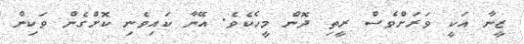
ޒީނާ އަކީ ވަރަށްވެސް ރީތި ދޮން މީހެކެވެ. އޭނާ ކައިވެނި ކޮށްގެން ވަކިން